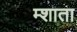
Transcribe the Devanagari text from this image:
म्शाता